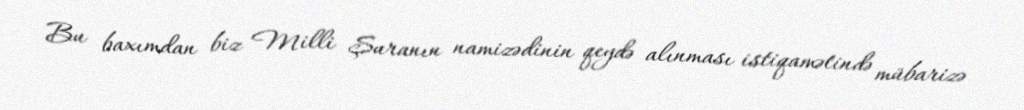
Bu baxımdan biz Milli Şuranın namizədinin qeydə alınması istiqamətində mübarizə